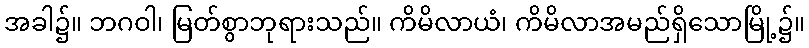
အခါ၌။ ဘဂဝါ၊ မြတ်စွာဘုရားသည်။ ကိမိလာယံ၊ ကိမိလာအမည်ရှိသောမြို့၌။